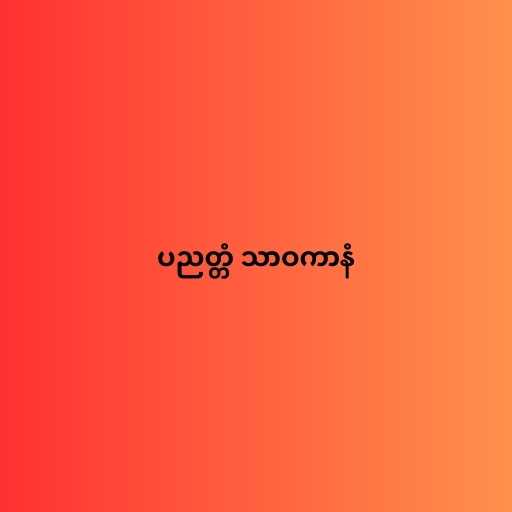
ပညတ္တံ သာဝကာနံ